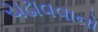
ચઢાવવાનો